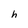
Character: h